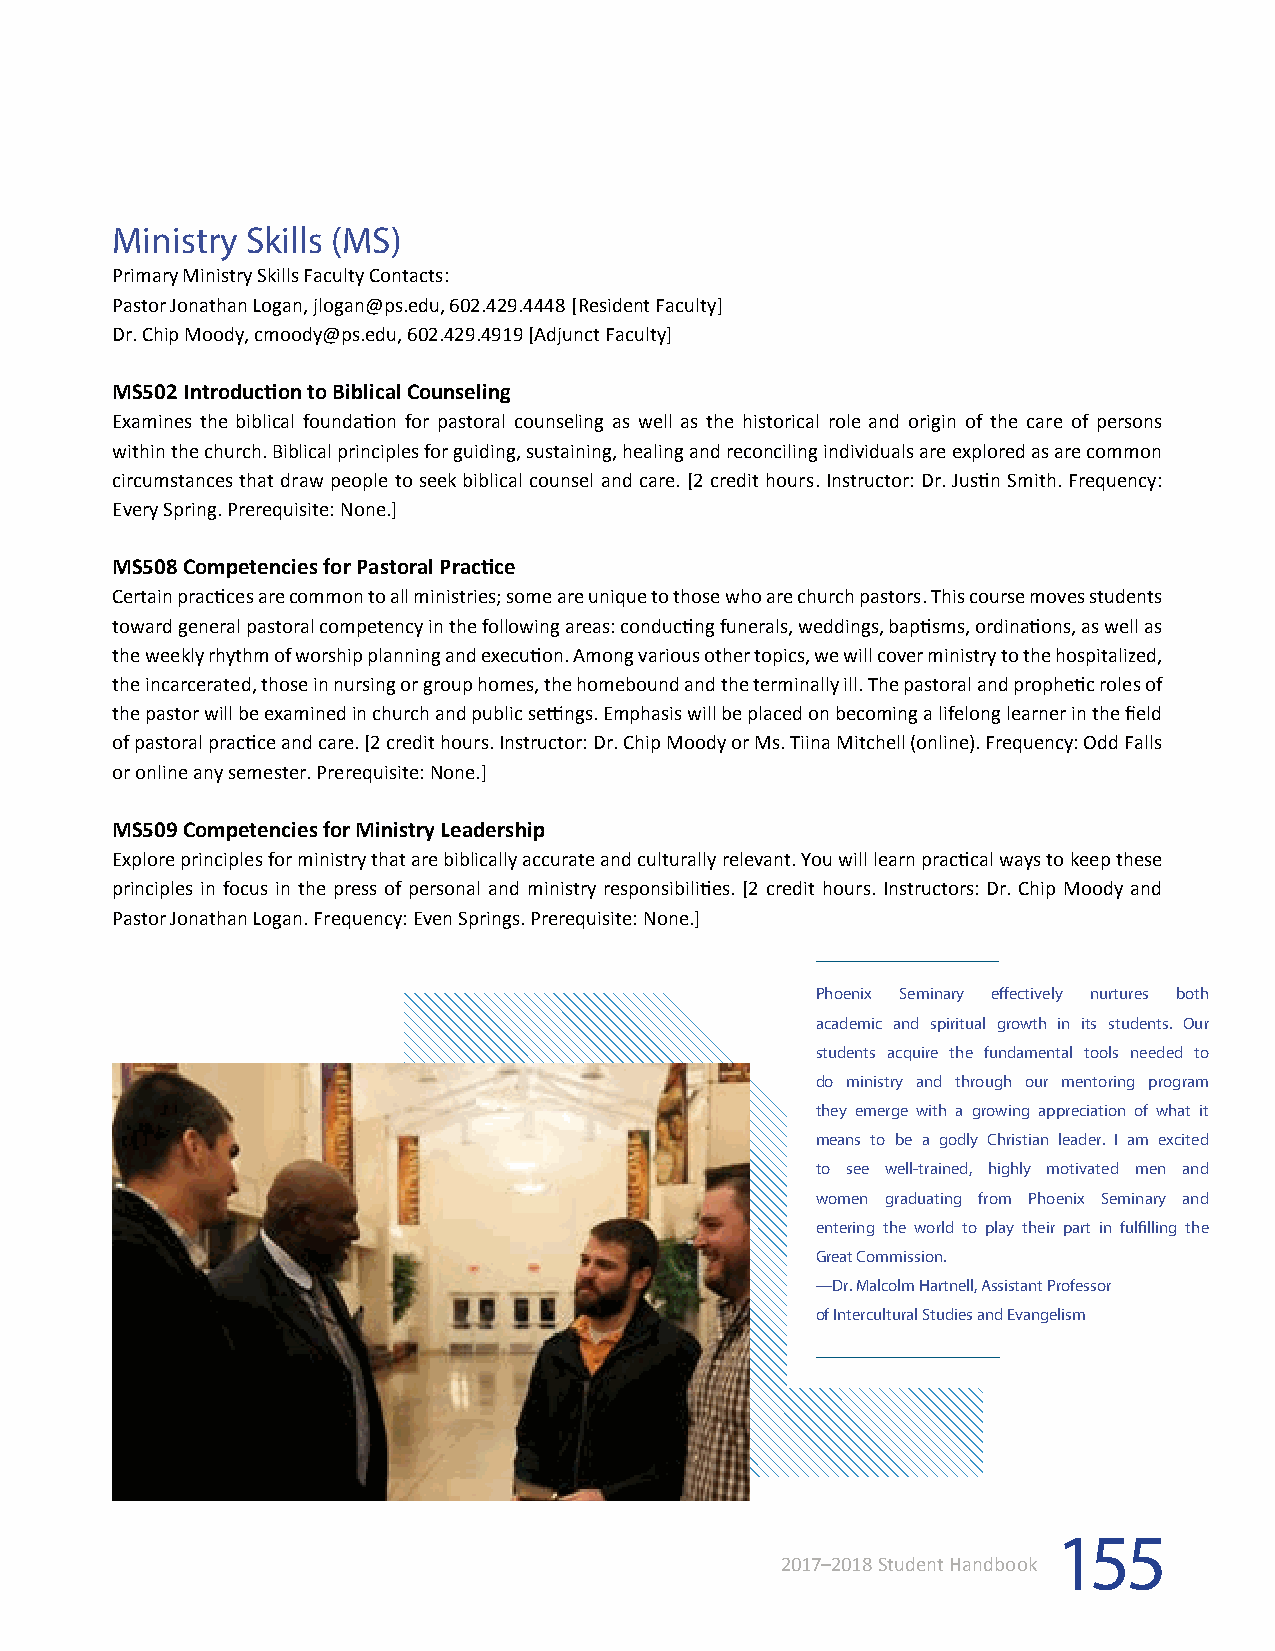
Ministry Skills (MS)
 Primary Ministry Skills Faculty Contacts:
 Pastor Jonathan Logan, jlogan@ps.edu, 602.429.4448 [Resident Faculty]
 Dr. Chip Moody, cmoody@ps.edu, 602.429.4919 [Adjunct Faculty]
 MS502 Introduction to Biblical Counseling
 Examines the biblical foundation for pastoral counseling as well as the historical role and origin of the care of persons
 within the church. Biblical principles for guiding, sustaining, healing and reconciling individuals are explored as are common
 circumstances that draw people to seek biblical counsel and care. [2 credit hours. Instructor: Dr. Justin Smith. Frequency:
 Every Spring. Prerequisite: None.]
 MS508 Competencies for Pastoral Practice
 Certain practices are common to all ministries; some are unique to those who are church pastors. This course moves students
 toward general pastoral competency in the following areas: conducting funerals, weddings, baptisms, ordinations, as well as
 the weekly rhythm of worship planning and execution. Among various other topics, we will cover ministry to the hospitalized,
 the incarcerated, those in nursing or group homes, the homebound and the terminally ill. The pastoral and prophetic roles of
 the pastor will be examined in church and public settings. Emphasis will be placed on becoming a lifelong learner in the field
 of pastoral practice and care. [2 credit hours. Instructor: Dr. Chip Moody or Ms. Tiina Mitchell (online). Frequency: Odd Falls
 or online any semester. Prerequisite: None.]
 MS509 Competencies for Ministry Leadership
 Explore principles for ministry that are biblically accurate and culturally relevant. You will learn practical ways to keep these
 principles in focus in the press of personal and ministry responsibilities. [2 credit hours. Instructors: Dr. Chip Moody and
 Pastor Jonathan Logan. Frequency: Even Springs. Prerequisite: None.]
 Phoenix Seminary effectively nurtures both
 academic and spiritual growth in its students. Our
 students acquire the fundamental tools needed to
 do ministry and through our mentoring program
 they emerge with a growing appreciation of what it
 means to be a godly Christian leader. I am excited
 to see well-trained, highly motivated men and
 women graduating from Phoenix Seminary and
 entering the world to play their part in fulfilling the
 Great Commission.
 —Dr. Malcolm Hartnell, Assistant Professor
 of Intercultural Studies and Evangelism
 155
 2017–2018 Student Handbook